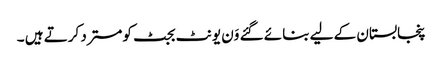
پنجابستان کے لیے بنائے گئے وَن یونٹ بجٹ کومسترد کرتے ہیں ۔